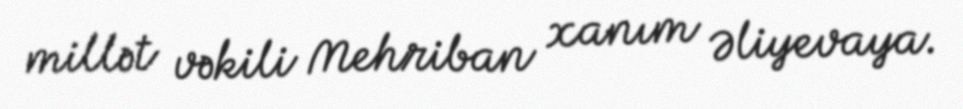
millət vəkili Mehriban xanım Əliyevaya.